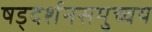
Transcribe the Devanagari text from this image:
षड्दर्शनसमुच्चय